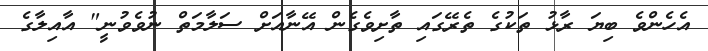
އެހެންވެ ބިޔަ ރާޅު ތަކުގެ ތެރޭގައި ތާށިވެގެން އޭނާާއަށް ސަލާމަތް ނުވެވުނީ" އާއިލާގެ